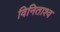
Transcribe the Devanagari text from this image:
विनिताश्व